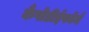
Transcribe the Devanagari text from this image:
कैंपोडीईफॉर्म